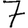
Digit: 7